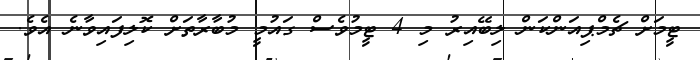
ޓީމަށް ޗެމްޕިއަންކަން ލިބޭއިރު މި 4 ޓީމުވެސް ގައުމީ މުބާރާތަށް ކޮލިފައިވާނެ އެވެ.